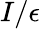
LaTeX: I/\epsilon